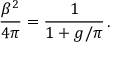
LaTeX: \frac { \beta ^ { 2 } } { 4 \pi } = \frac { 1 } { 1 + g / \pi } \, .